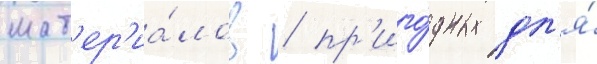
мат'ер'иа́лов / пр'иго́дных дл'я́